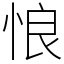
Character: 悢